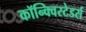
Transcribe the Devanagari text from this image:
कॉन्क्विस्टेडर्स